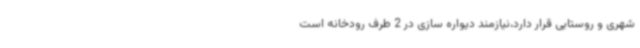
شهری و روستایی قرار دارد،نیازمند دیواره سازی در 2 طرف رودخانه است